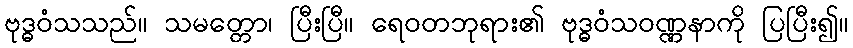
ဗုဒ္ဓဝံသသည်။ သမတ္တော၊ ပြီးပြီ။ ရေဝတဘုရား၏ ဗုဒ္ဓဝံသဝဏ္ဏနာကို ပြပြီး၍။